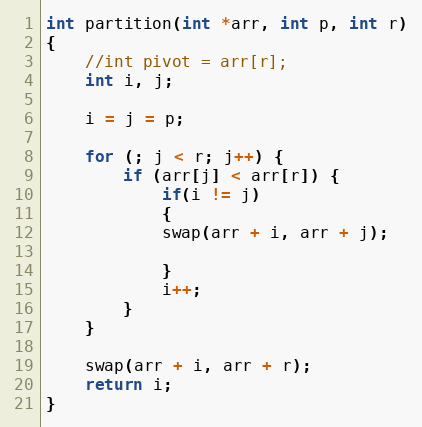
Language: C
int partition(int *arr, int p, int r)
{
	//int pivot = arr[r];
	int i, j;

	i = j = p;

	for (; j < r; j++) {
		if (arr[j] < arr[r]) {
			if(i != j)
			{
			swap(arr + i, arr + j);

			}
			i++;
		}
	}

	swap(arr + i, arr + r);
	return i;
}